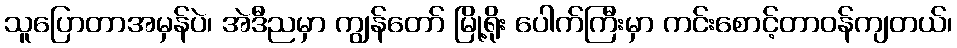
သူပြောတာအမှန်ပဲ၊ အဲဒီညမှာ ကျွန်တော် မြို့ရိုး ပေါက်ကြီးမှာ ကင်းစောင့်တာဝန်ကျတယ်၊